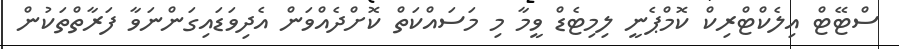
ސްޓޭޓް އިލެކްޓްރިކް ކޮމްޕެނީ ލިމިޓެޑް ވީމާ މި މަސައްކަތް ކޮށްދެއްވަން އެދިވަޑައިގަންނަވާ ފަރާތްތަކުން